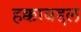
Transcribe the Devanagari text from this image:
हक्काबद्दल